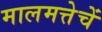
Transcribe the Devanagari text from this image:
मालमत्तेचें